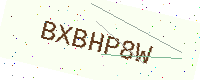
Text: BXBHP8W